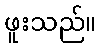
ဖူးသည်။